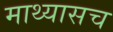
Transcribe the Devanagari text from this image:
माथ्यासच